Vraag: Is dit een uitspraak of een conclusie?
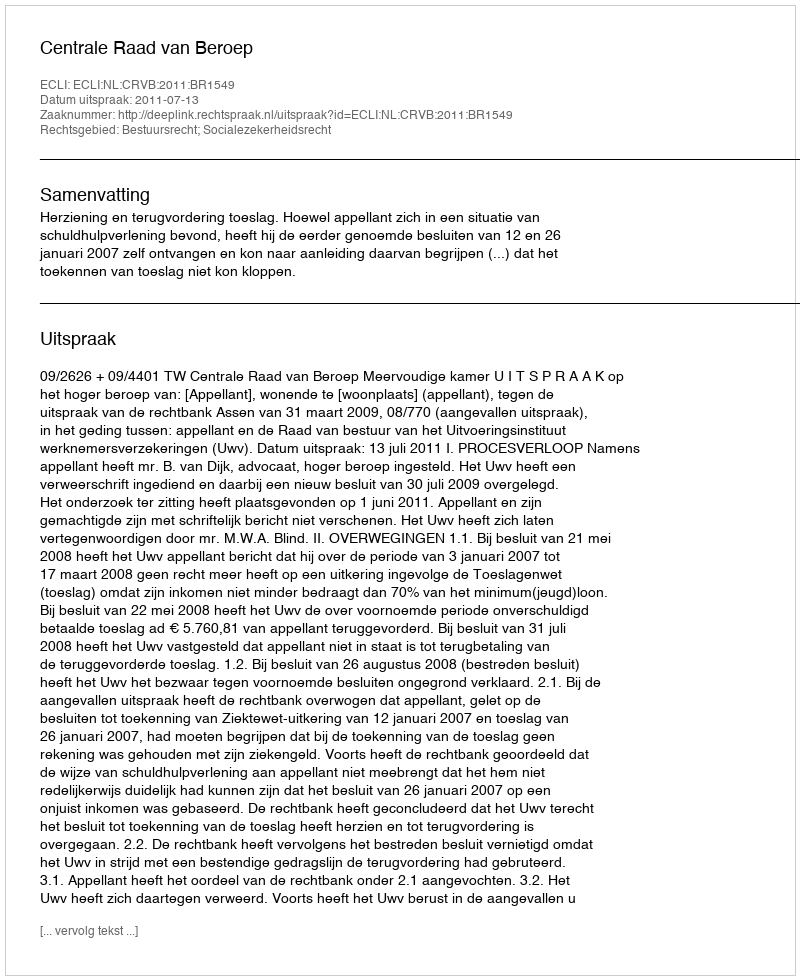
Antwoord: Uitspraak